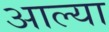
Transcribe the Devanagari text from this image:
अाल्या